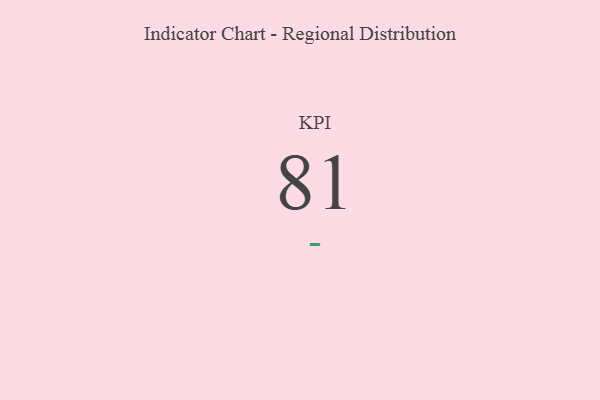
{"axis": {"x": "KPI", "y": "Value"}, "legend": [""], "data": [{"x": "KPI", "y": 81, "type": ""}]}